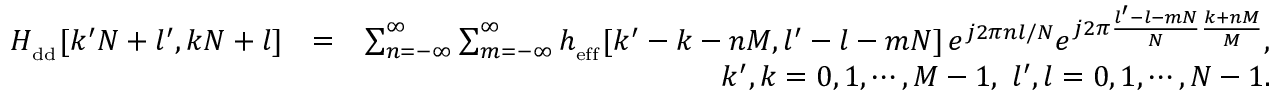
\begin{array} { r l r } { { H } _ { _ { \mathrm { \footnotesize { d d } } } } [ k ^ { \prime } N + l ^ { \prime } , k N + l ] } & { = } & { \sum _ { n = - \infty } ^ { \infty } \sum _ { m = - \infty } ^ { \infty } h _ { _ { \mathrm { \scriptsize { e f f } } } } [ k ^ { \prime } - k - n M , l ^ { \prime } - l - m N ] \, e ^ { j 2 \pi n l / N } e ^ { j 2 \pi \frac { l ^ { \prime } - l - m N } { N } \frac { k + n M } { M } } , } \\ & { } & { k ^ { \prime } , k = 0 , 1 , \cdots , M - 1 , \, \, l ^ { \prime } , l = 0 , 1 , \cdots , N - 1 . } \end{array}